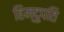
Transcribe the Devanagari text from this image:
हिन्दुपति